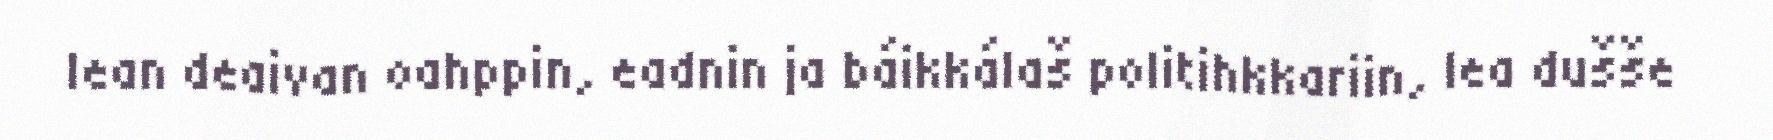
lean deaivan oahppin, eadnin ja báikkálaš politihkkariin, lea dušše